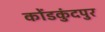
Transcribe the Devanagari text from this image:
कोंडकुंदपुर